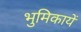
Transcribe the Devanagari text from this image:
भुमिकायें